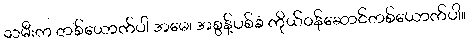
သမီးက တစ်ယောက်ပါ အမေ၊ အစွန့်ပစ်ခံ ကိုယ်ဝန်ဆောင်တစ်ယောက်ပါ။